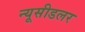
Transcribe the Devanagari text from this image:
न्यूसीडलर